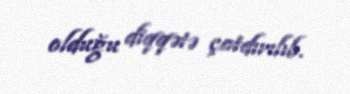
olduğu diqqətə çatdırılıb.